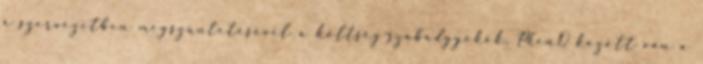
a szervezetben megszüntetésével a költség-szabadgyökök. PhenQ között van a